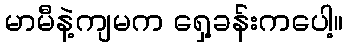
မာမီနဲ့ကျမက ရှေ့ခန်းကပေါ့။